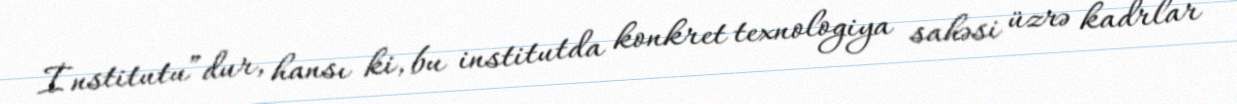
İnstitutu”dur, hansı ki, bu institutda konkret texnologiya sahəsi üzrə kadrlar